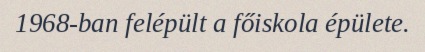
1968-ban felépült a főiskola épülete.